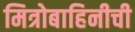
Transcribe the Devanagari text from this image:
मित्रोबाहिनीची